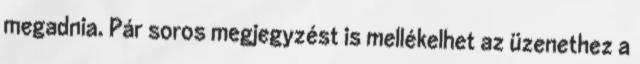
megadnia. Pár soros megjegyzést is mellékelhet az üzenethez a